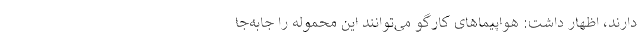
دارند، اظهار داشت: هواپیماهای کارگو می‌توانند این محموله را جابه‌جا